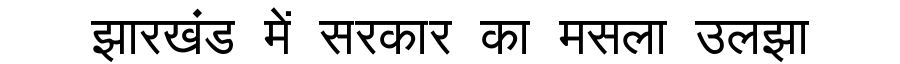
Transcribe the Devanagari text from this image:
झारखंड में सरकार का मसला उलझा